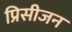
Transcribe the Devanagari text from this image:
प्रिसीजन